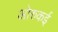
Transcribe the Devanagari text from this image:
ओरुकई